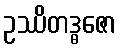
ဥဿိတဒ္ဓဇော